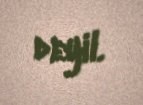
deyil.